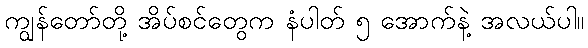
ကျွန်တော်တို့ အိပ်စင်တွေက နံပါတ် ၅ အောက်နဲ့ အလယ်ပါ။